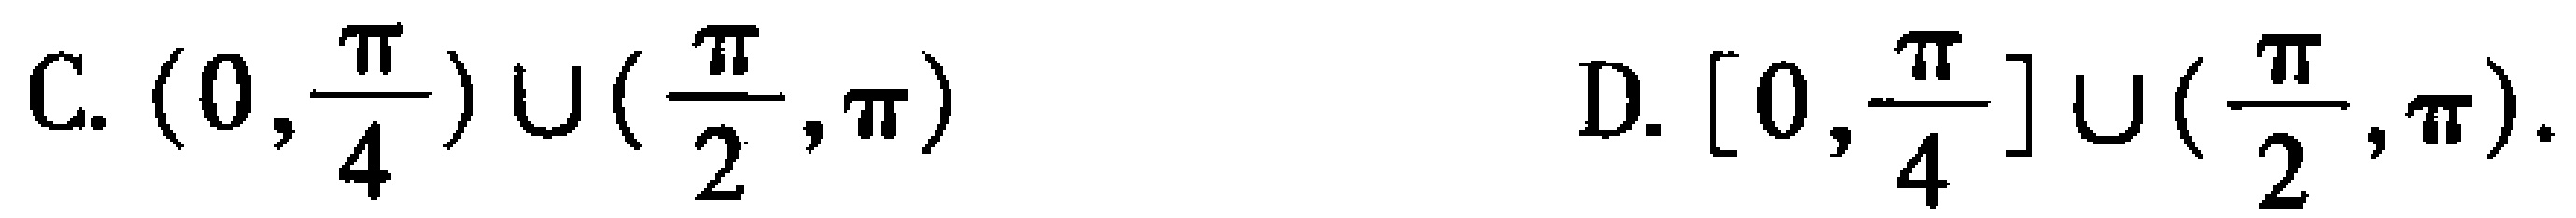
C. \((0,\frac{\pi}{4})\cup(\frac{\pi}{2},\pi)\)
D. \([0,\frac{\pi}{4}]\cup(\frac{\pi}{2},\pi)\)